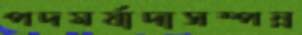
পদমর্যাদাসম্পন্ন